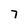
Character: 7